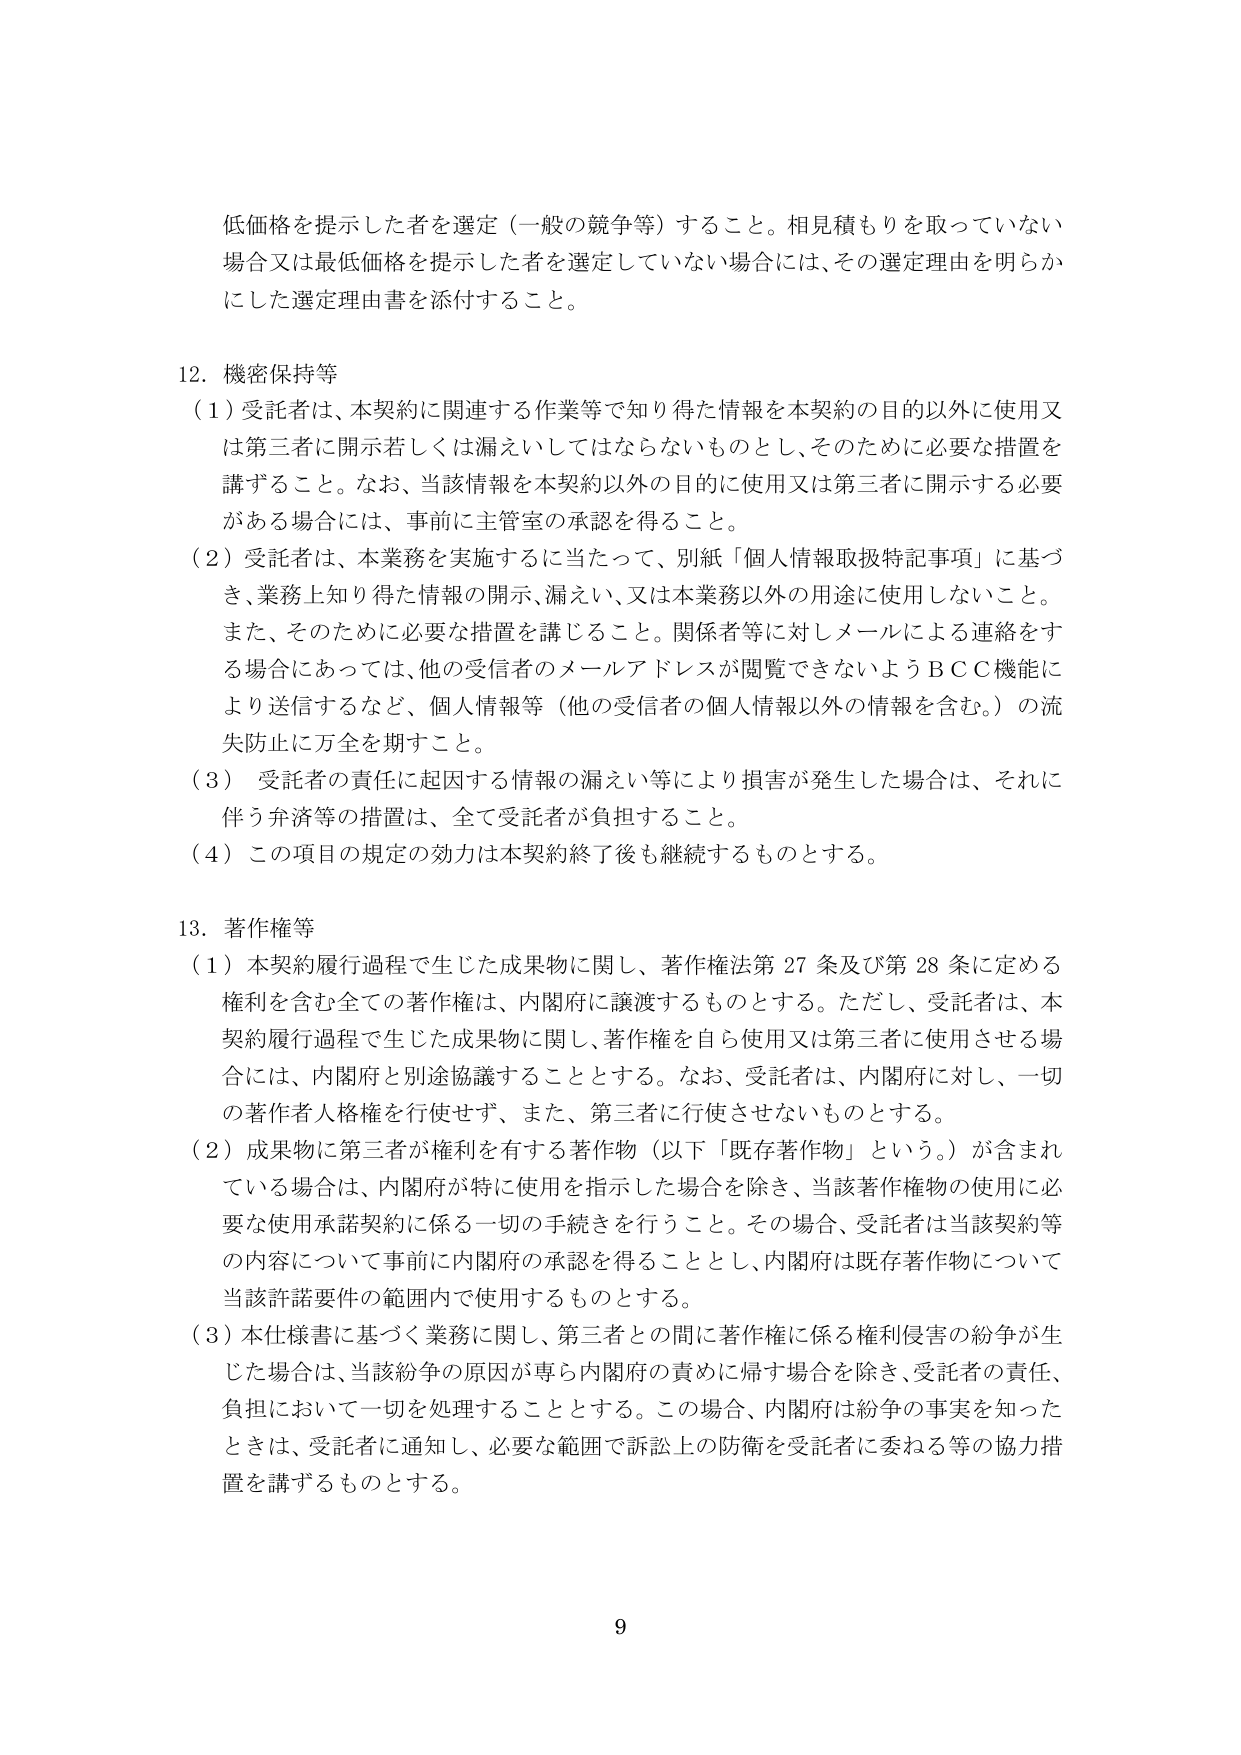
低価格を提示した者を選定（一般の競争等）すること。相見積もりを取っていない場合又は最低価格を提示した者を選定していない場合には、その選定理由を明らかにした選定理由書を添付すること。

12．機密保持等
（1）受託者は、本契約に関連する作業等で知り得た情報を本契約の目的以外に使用又は第三者に開示若しくは漏えいしてはならないものとし、そのために必要な措置を講ずること。なお、当該情報を本契約以外の目的に使用又は第三者に開示する必要がある場合には、事前に主管室の承認を得ること。
（2）受託者は、本業務を実施するに当たって、別紙「個人情報取扱特記事項」に基づき、業務上知り得た情報の開示、漏えい、又は本業務以外の用途に使用しないこと。また、そのために必要な措置を講じること。関係者等に対しメールによる連絡をする場合にあっては、他の受信者のメールアドレスが閲覧できないようＢＣＣ機能により送信するなど、個人情報等（他の受信者の個人情報以外の情報を含む。）の流失防止に万全を期すこと。
（3）受託者の責任に起因する情報の漏えい等により損害が発生した場合は、それに伴う弁済等の措置は、全て受託者が負担すること。
（4）この項目の規定の効力は本契約終了後も継続するものとする。

13．著作権等
（1）本契約履行過程で生じた成果物に関し、著作権法第27条及び第28条に定める権利を含む全ての著作権は、内閣府に譲渡するものとする。ただし、受託者は、本契約履行過程で生じた成果物に関し、著作権を自ら使用又は第三者に使用させる場合には、内閣府と別途協議することとする。なお、受託者は、内閣府に対し、一切の著作者人格権を行使せず、また、第三者に行使させないものとする。
（2）成果物に第三者が権利を有する著作物（以下「既存著作物」という。）が含まれている場合は、内閣府が特に使用を指示した場合を除き、当該著作物の使用に必要な使用承諾契約に係る一切の手続きを行うこと。その場合、受託者は当該契約等の内容について事前に内閣府の承認を得ることとし、内閣府は既存著作物について当該許諾要件の範囲内で使用するものとする。
（3）本仕様書に基づく業務に関し、第三者との間に著作権に係る権利侵害の紛争が生じた場合は、当該紛争の原因が専ら内閣府の責めに帰す場合を除き、受託者の責任、負担において一切を処理することとする。この場合、内閣府は紛争の事実を知ったときは、受託者に通知し、必要な範囲で訴訟上の防衛を受託者に委ねる等の協力措置を講ずるものとする。

9